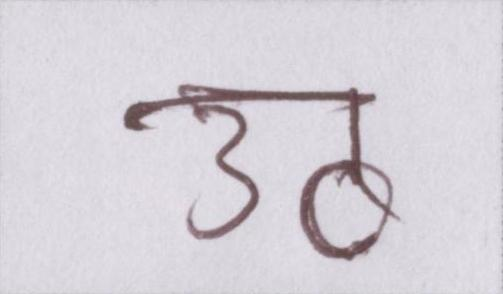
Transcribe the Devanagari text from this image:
उठ